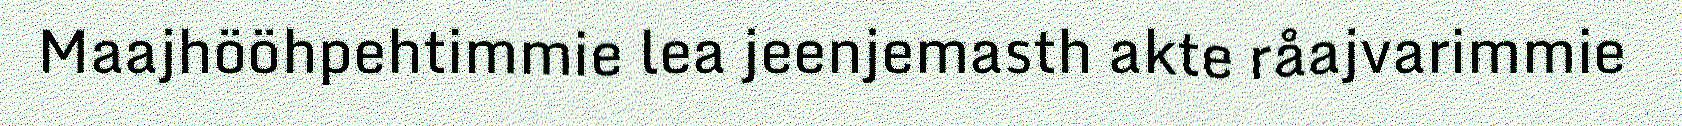
Maajhööhpehtimmie lea jeenjemasth akte råajvarimmie